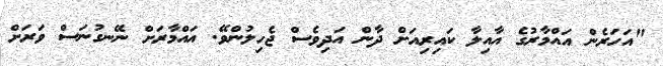
"އަހަރެން އައްމާރުގެ އާއިލާ ކައިރިއަށް ދާން އަދިވެސް ޖެހިލުންވޭ. އައްމާރަށް ނޭނގުނަސް ވަރަށް